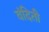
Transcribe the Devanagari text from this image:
वंदिती